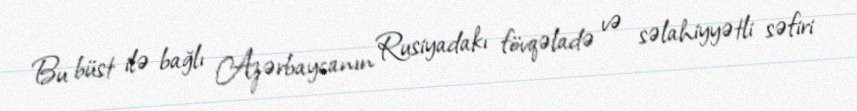
Bu büst ilə bağlı Azərbaycanın Rusiyadakı fövqəladə və səlahiyyətli səfiri